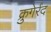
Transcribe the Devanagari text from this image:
क्रुगेर्रंद